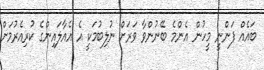
ބައެއް ފަންނީ މީހުން އެންމެ ބޭނުންވާ ވަރަށް ނުލިބުމަކީ އެ އެއާލައިންގެ ކުރިއެރުމަށް